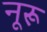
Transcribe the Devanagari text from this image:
नूरू